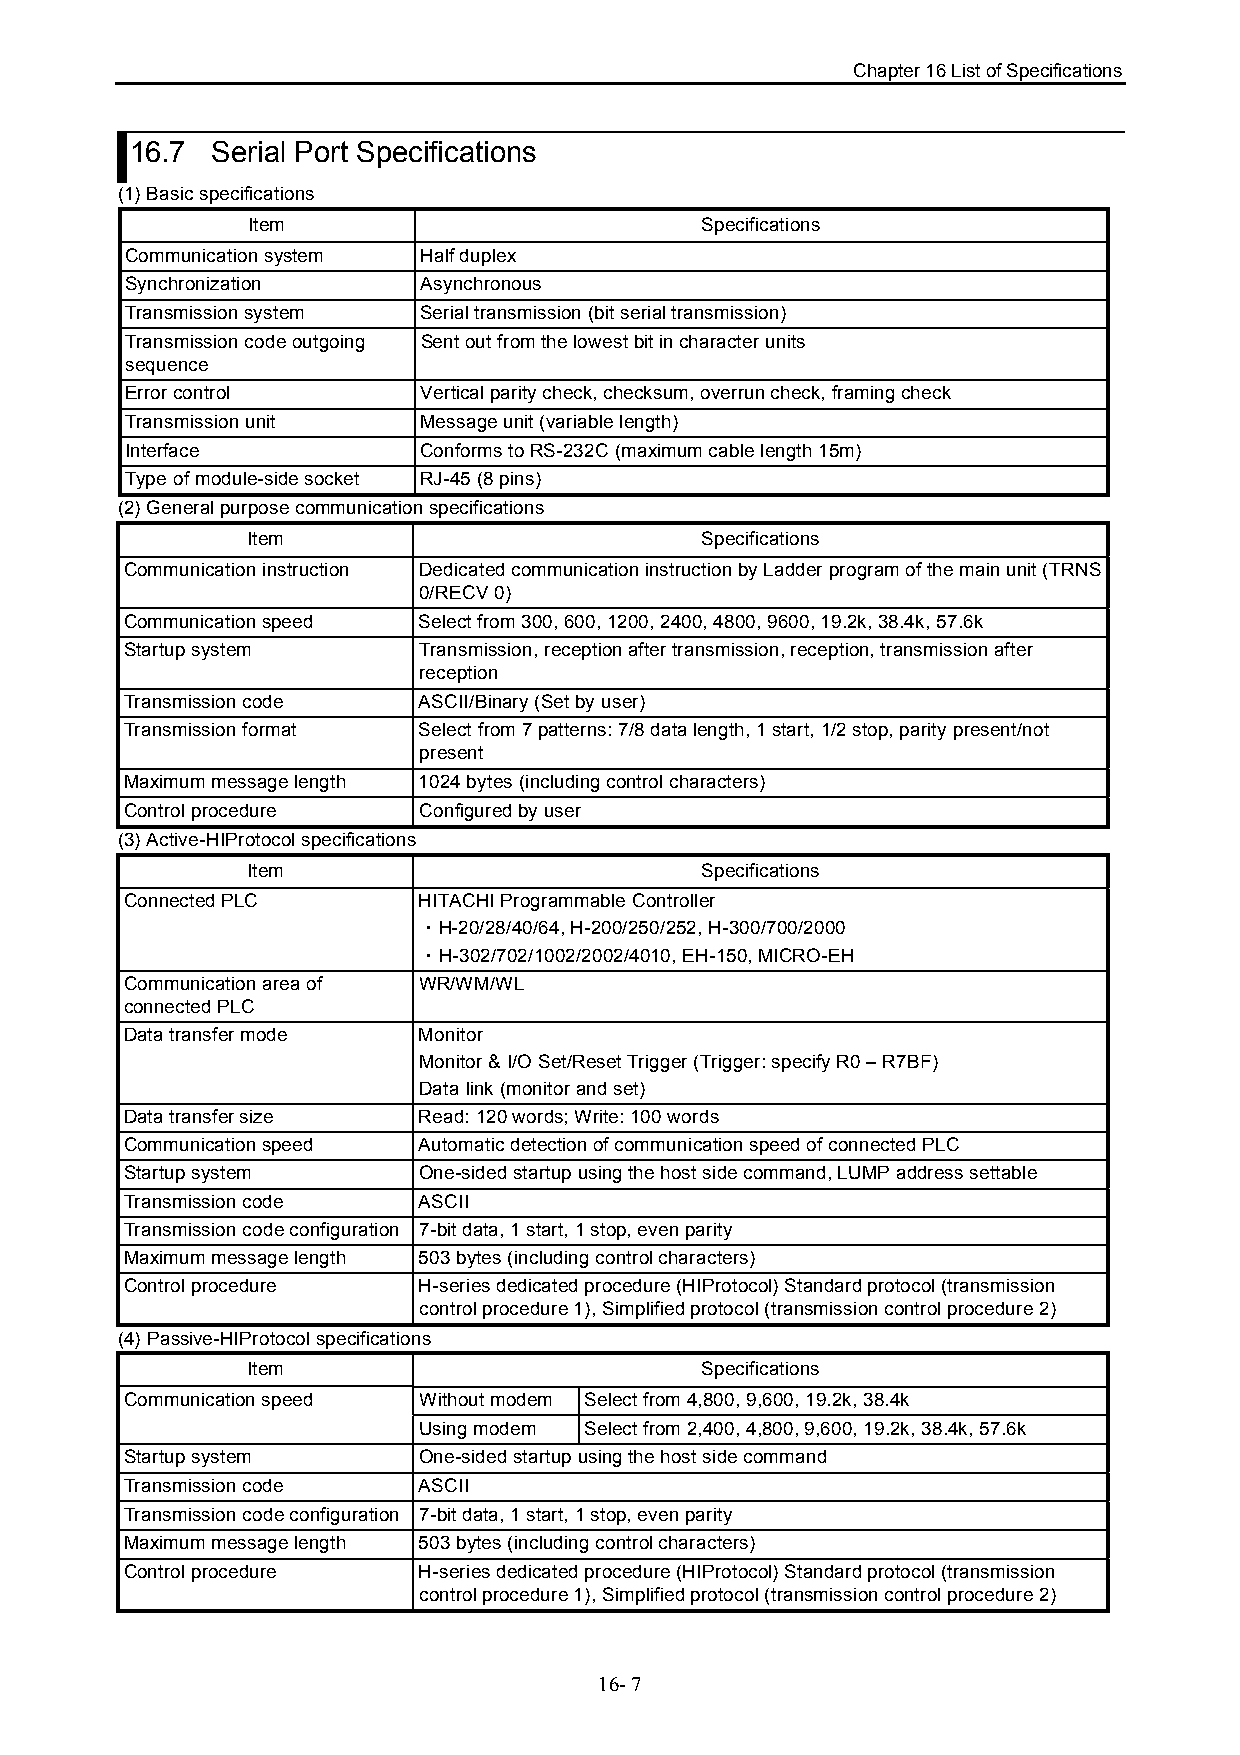
Chapter 16 List of Specifications
 16.7 Serial Port Specifications
 (1) Basic specifications
 Item                          Specifications
 Communication system Half duplex
 Synchronization     Asynchronous
 Transmission system Serial transmission (bit serial transmission)
 Transmission code outgoing Sent out from the lowest bit in character units
 sequence
 Error control       Vertical parity check, checksum, overrun check, framing check
 Transmission unit   Message unit (variable length)
 Interface           Conforms to RS-232C (maximum cable length 15m)
 Type of module-side socket RJ-45 (8 pins)
 (2) General purpose communication specifications
 Item                          Specifications
 Communication instruction Dedicated communication instruction by Ladder program of the main unit (TRNS
 0/RECV 0)
 Communication speed Select from 300, 600, 1200, 2400, 4800, 9600, 19.2k, 38.4k, 57.6k
 Startup system      Transmission, reception after transmission, reception, transmission after
 reception
 Transmission code   ASCII/Binary (Set by user)
 Transmission format Select from 7 patterns: 7/8 data length, 1 start, 1/2 stop, parity present/not
 present
 Maximum message length 1024 bytes (including control characters)
 Control procedure   Configured by user
 (3) Active-HIProtocol specifications
 Item                          Specifications
 Connected PLC       HITACHI Programmable Controller
 ・H-20/28/40/64, H-200/250/252, H-300/700/2000
 ・H-302/702/1002/2002/4010, EH-150, MICRO-EH
 Communication area of WR/WM/WL
 connected PLC
 Data transfer mode  Monitor
 Monitor & I/O Set/Reset Trigger (Trigger: specify R0 – R7BF)
 Data link (monitor and set)
 Data transfer size  Read: 120 words; Write: 100 words
 Communication speed Automatic detection of communication speed of connected PLC
 Startup system      One-sided startup using the host side command, LUMP address settable
 Transmission code   ASCII
 Transmission code configuration 7-bit data, 1 start, 1 stop, even parity
 Maximum message length 503 bytes (including control characters)
 Control procedure   H-series dedicated procedure (HIProtocol) Standard protocol (transmission
 control procedure 1), Simplified protocol (transmission control procedure 2)
 (4) Passive-HIProtocol specifications
 Item                          Specifications
 Communication speed Without modem Select from 4,800, 9,600, 19.2k, 38.4k
 Using modem Select from 2,400, 4,800, 9,600, 19.2k, 38.4k, 57.6k
 Startup system      One-sided startup using the host side command
 Transmission code   ASCII
 Transmission code configuration 7-bit data, 1 start, 1 stop, even parity
 Maximum message length 503 bytes (including control characters)
 Control procedure   H-series dedicated procedure (HIProtocol) Standard protocol (transmission
 control procedure 1), Simplified protocol (transmission control procedure 2)
 16- 7